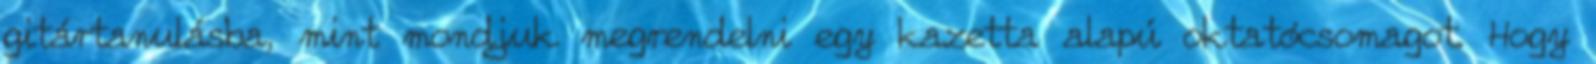
gitártanulásba, mint mondjuk megrendelni egy kazetta alapú oktatócsomagot. Hogy